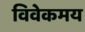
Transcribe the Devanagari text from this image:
विवेकमय